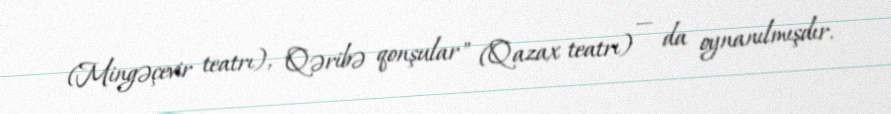
(Mingəçevir teatrı), "Qəribə qonşular" (Qazax teatrı) — da oynanılmışdır.